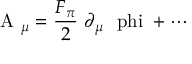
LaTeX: \mathrm { \boldmath ~ A ~ } _ { \mu } = \frac { F _ { \pi } } { 2 } ~ \partial _ { \mu } \mathrm { \boldmath ~ \ p h i ~ } + \cdots